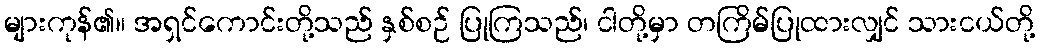
များကုန်၏။ အရှင်ကောင်းတို့သည် နှစ်စဉ် ပြုကြသည်၊ ငါတို့မှာ တကြိမ်ပြုထားလျှင် သားငယ်တို့